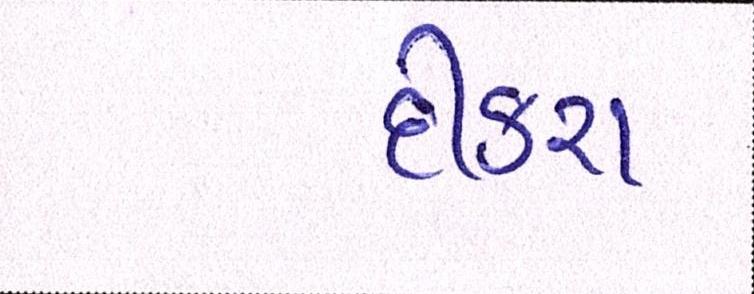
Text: દિકરા